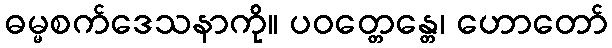
ဓမ္မစက်ဒေသနာကို။ ပဝတ္တေန္တေ၊ ဟောတော်